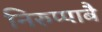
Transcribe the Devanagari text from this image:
निरुप्पाबै